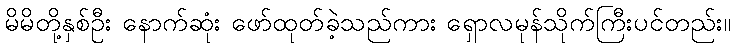
မိမိတို့နှစ်ဦး နောက်ဆုံး ဖော်ထုတ်ခဲ့သည်ကား ရှောလမုန်သိုက်ကြီးပင်တည်း။